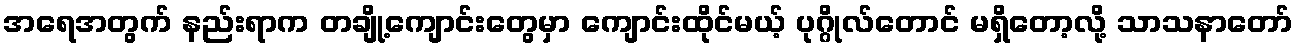
အရေအတွက် နည်းရာက တချို့ကျောင်းတွေမှာ ကျောင်းထိုင်မယ့် ပုဂ္ဂိုလ်တောင် မရှိတော့လို့ သာသနာတော်